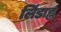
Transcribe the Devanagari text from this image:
लिंडाह्ल